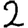
Digit: 2